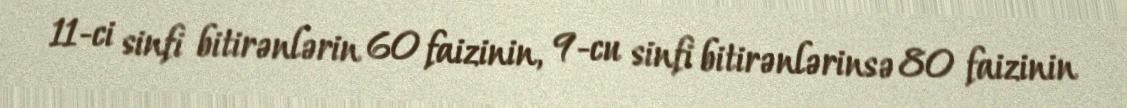
11-ci sinfi bitirənlərin 60 faizinin, 9-cu sinfi bitirənlərinsə 80 faizinin